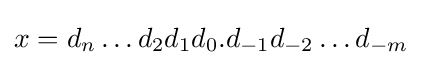
x=d_{n}\dots d_{2}d_{1}d_{0}.d_{-1}d_{-2}\dots d_{-m}